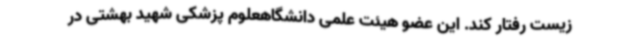
زیست رفتار کند. این عضو هیئت علمی دانشگاهعلوم پزشکی شهید بهشتی در